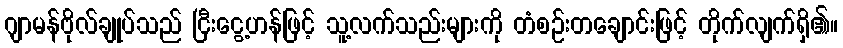
ဂျာမန်ဗိုလ်ချုပ်သည် ငြီးငွေ့ဟန်ဖြင့် သူ့လက်သည်းများကို တံစဉ်းတချောင်းဖြင့် တိုက်လျက်ရှိ၏။